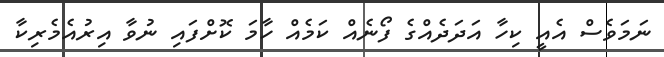
ނަމަވެސް އެއީ ކިހާ އަދަދެއްގެ ފޯނެއް ކަމެއް ހާމަ ކޮށްފައި ނުވާ އިރުއެމެރިކާ